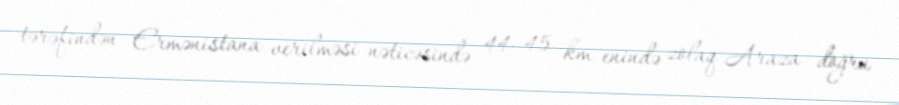
tərəfindən Ermənistana verilməsi nəticəsində 44–45 km enində zolaq Araza doğru